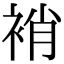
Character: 䘯